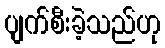
ပျက်စီးခဲ့သည်ဟု